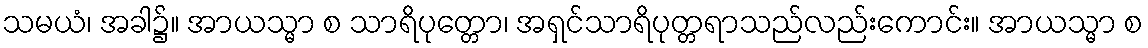
သမယံ၊ အခါ၌။ အာယသ္မာ စ သာရိပုတ္တော၊ အရှင်သာရိပုတ္တရာသည်လည်းကောင်း။ အာယသ္မာ စ